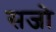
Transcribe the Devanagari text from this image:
सजो